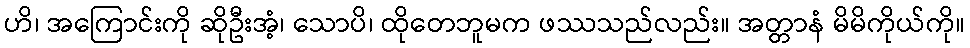
ဟိ၊ အကြောင်းကို ဆိုဦးအံ့၊ သောပိ၊ ထိုတေဘူမက ဖဿသည်လည်း။ အတ္တာနံ မိမိကိုယ်ကို။